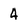
Character: 4